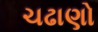
ચઢાણો